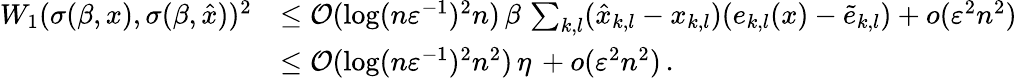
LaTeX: \begin{array}{rl}{W_{1}(\sigma(\beta,x),\sigma(\beta,\hat{x}))^{2}}&{\le\mathcal{O}(\log(n\varepsilon^{-1})^{2}{n})\, \beta\, \sum_{k,l}(\hat{x}_{k,l}-x_{k,l})(e_{k,l}(x)-\widetilde{e}_{k,l})+o(\varepsilon^{2}n^{2})}\\ &{\le\mathcal{O}(\log(n\varepsilon^{-1})^{2}{n^{2}})\, \eta\, +o(\varepsilon^{2}n^{2})\, .}\end{array}